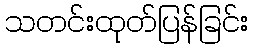
သတင်းထုတ်ပြန်ခြင်း